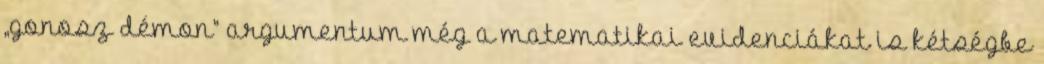
„gonosz démon” argumentum még a matematikai evidenciákat is kétségbe